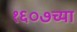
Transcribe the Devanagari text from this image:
१६०७च्या